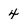
Character: 4